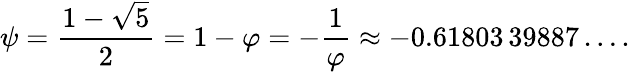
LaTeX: \psi={\frac{1-{\sqrt{5}}}{2}}=1-\varphi=-{\frac{1}{\varphi}}\approx-0.61803\, 39887\ldots.